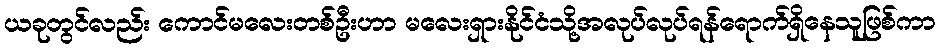
ယခုတွင်လည်း ကောင်မလေးတစ်ဦးဟာ မလေးရှားနိုင်ငံသို့အလုပ်လုပ်ရန်ရောက်ရှိနေသူဖြစ်ကာ